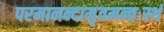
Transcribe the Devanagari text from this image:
परमानन्दामृतमन्तःस्थं